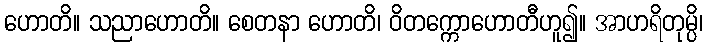
ဟောတိ။ သညာဟောတိ။ စေတနာ ဟောတိ၊ ဝိတက္ကောဟောတီဟူ၍။ အာဟရိတုမ္ပိ၊